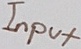
Text: Input